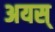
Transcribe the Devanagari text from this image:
अयस्‌